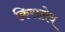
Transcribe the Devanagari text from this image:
किसलेव